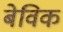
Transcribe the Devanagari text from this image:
बेविक